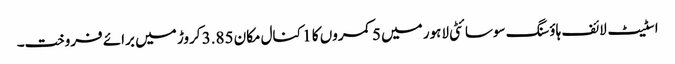
اسٹیٹ لائف ہاؤسنگ سوسائٹی لاہور میں 5 کمروں کا 1 کنال مکان 3.85 کروڑ میں برائے فروخت۔